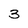
Character: 3